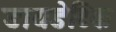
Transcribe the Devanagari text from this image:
डायडेटिक